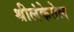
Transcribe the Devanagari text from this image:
श्रीलंकेतेल